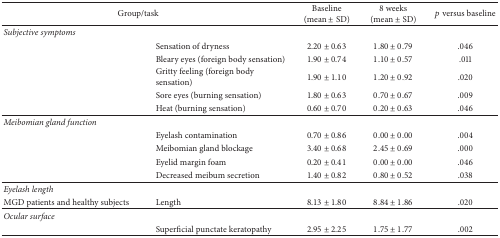
| <COLSPAN=2> Group/task | Baseline(mean ± SD) | 8 weeks(mean ± SD) | p versus baseline |
 | --- | --- | --- | --- | --- |
 | Subjective symptoms | <COLSPAN=4>  |
 |  | Sensation of dryness | 2.20 ± 0.63 | 1.80 ± 0.79 | .046 |
 |  | Bleary eyes (foreign body sensation) | 1.90 ± 0.74 | 1.10 ± 0.57 | .011 |
 |  | Gritty feeling (foreign body sensation) | 1.90 ± 1.10 | 1.20 ± 0.92 | .020 |
 |  | Sore eyes (burning sensation) | 1.80 ± 0.63 | 0.70 ± 0.67 | .009 |
 |  | Heat (burning sensation) | 0.60 ± 0.70 | 0.20 ± 0.63 | .046 |
 | Meibomian gland function | <COLSPAN=4>  |
 |  | Eyelash contamination | 0.70 ± 0.86 | 0.00 ± 0.00 | .004 |
 |  | Meibomian gland blockage | 3.40 ± 0.68 | 2.45 ± 0.69 | .000 |
 |  | Eyelid margin foam | 0.20 ± 0.41 | 0.00 ± 0.00 | .046 |
 |  | Decreased meibum secretion | 1.40 ± 0.82 | 0.80 ± 0.52 | .038 |
 | Eyelash length | <COLSPAN=4>  |
 | MGD patients and healthy subjects | Length | 8.13 ± 1.80 | 8.84 ± 1.86 | .020 |
 | Ocular surface |  |  |  |  |
 |  | Superficial punctate keratopathy | 2.95 ± 2.25 | 1.75 ± 1.77 | .002 |